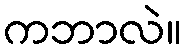
ကဘာလဲ။